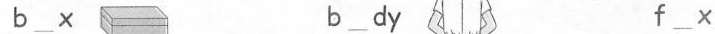
b___x b___dy f___x